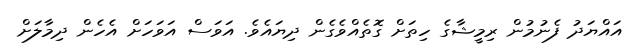
އައްޔަދު ފެނުމުން ރިމީޝާގެ ހިތަށް ގޮތެއްވެގެން ދިޔައެވެ. އަވަސް އަވަހަށް އެހެން ދިމާލަށް